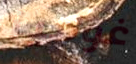
غوميز